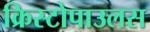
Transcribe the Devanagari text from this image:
क्रिस्टोपाउलस